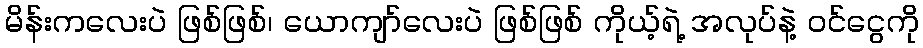
မိန်းကလေးပဲ ဖြစ်ဖြစ်၊ ယောကျာ်လေးပဲ ဖြစ်ဖြစ် ကိုယ့်ရဲ့ အလုပ်နဲ့ ဝင်ငွေကို